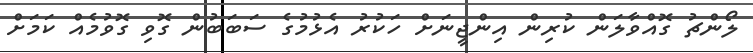
ލޯންޗު ގޮއްވާލަން ކުރިން އިންޖީނަށް ހަކުރު އެޅުމުގެ ސަބަބުން ގޮވި ގޮވުމެއް ކަމަށް